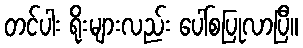
တင်ပါး ရိုးများလည်း ပေါ်စပြုလာပြီ။